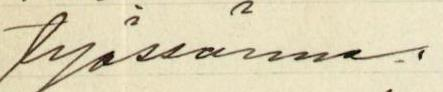
työssänne.